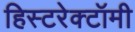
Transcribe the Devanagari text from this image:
हिस्टरेक्टॉमी